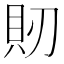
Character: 𧴬